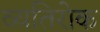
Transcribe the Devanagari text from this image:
व्यतिरोक